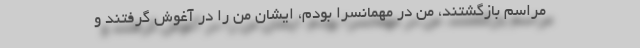
مراسم بازگشتند، من در مهمانسرا بودم، ایشان من را در آغوش گرفتند و